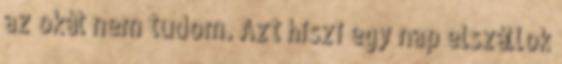
az okát nem tudom. Azt hiszi egy nap elszállok